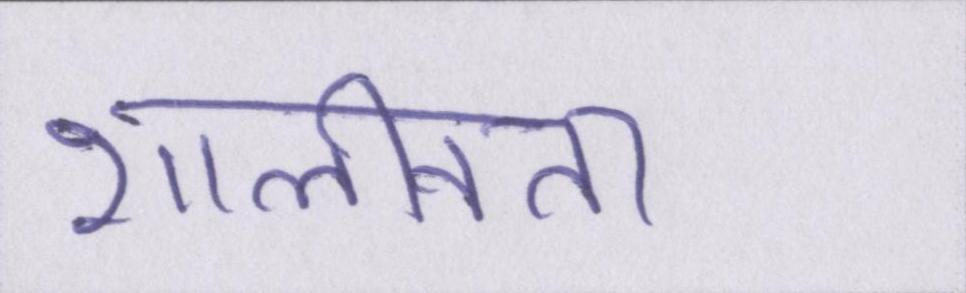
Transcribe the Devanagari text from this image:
शालीनता